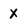
Character: x